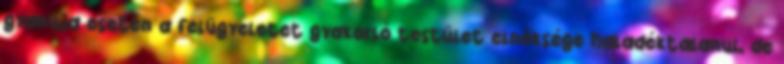
gyanúja esetén a felügyeletet gyakorló testület elnöksége haladéktalanul, de